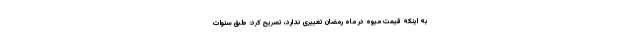
به اینکه قیمت میوه در ماه رمضان تغییری ندارد، تصریح کرد: طبق سنوات